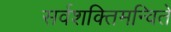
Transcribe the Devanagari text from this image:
सर्वशक्तिमन्विते